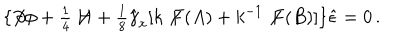
\{ \not \! \partial \phi + { \textstyle \frac { 1 } { 4 } } \not \! \! H + { \textstyle \frac { 1 } { 8 } } \hat { \gamma } _ { x } [ k \not \! F ( A ) + k ^ { - 1 } \not \! F ( B ) ] \} \hat { \epsilon } = 0 \, .